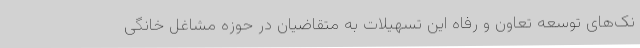
نک‌های توسعه تعاون و رفاه این تسهیلات به متقاضیان در حوزه مشاغل خانگی